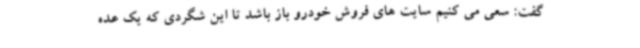
گفت: سعی می کنیم سایت های فروش خودرو باز باشد تا این شگردی که یک عده